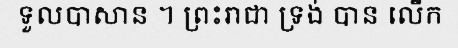
ទួលបាសាន ។ ព្រះរាជា ទ្រង់ បាន លើក